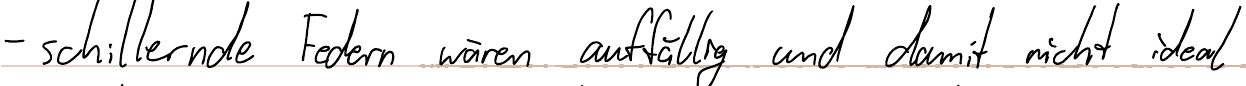
- schillernde Federn wären auffällig und damit nicht ideal